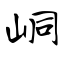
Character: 峒